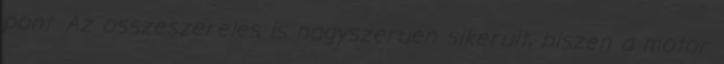
pont. Az osszeszereles is nagyszeruen sikerult, hiszen a motor